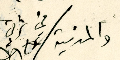
والمدنية في شرقي